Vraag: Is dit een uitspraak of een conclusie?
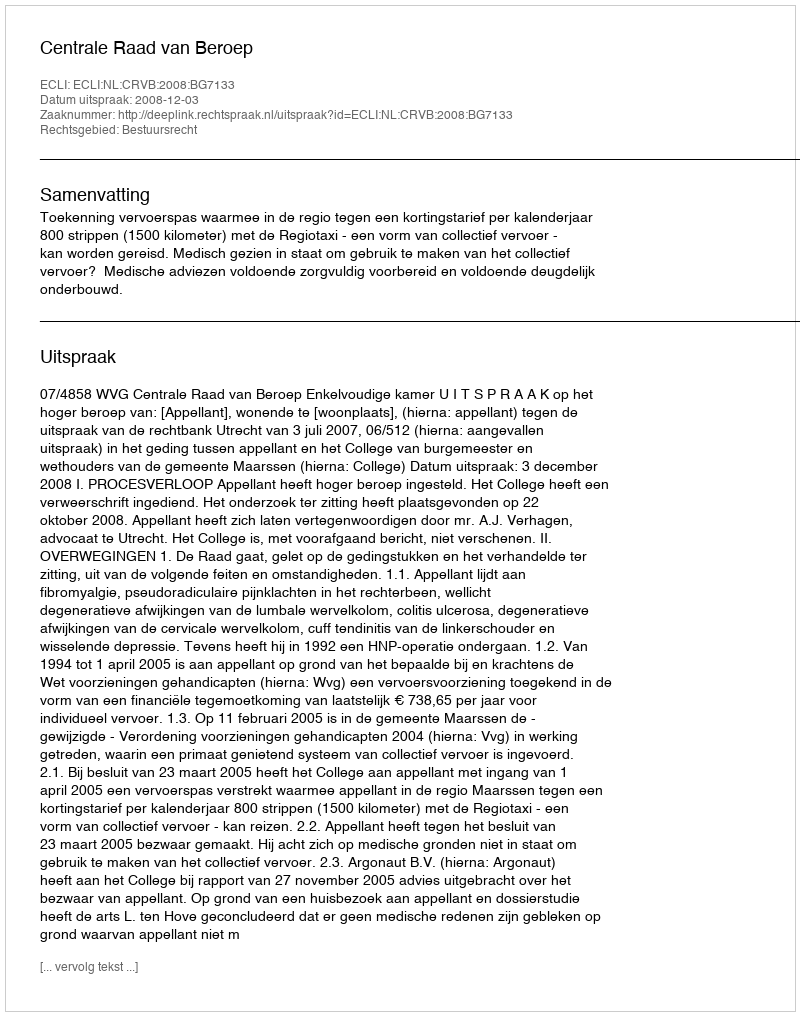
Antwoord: Uitspraak